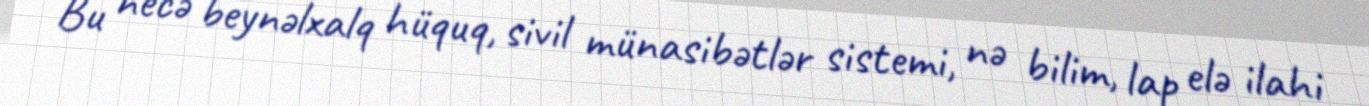
Bu necə beynəlxalq hüquq, sivil münasibətlər sistemi, nə bilim, lap elə ilahi